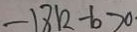
- 1 8 k - b > 0